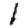
Digit: 1